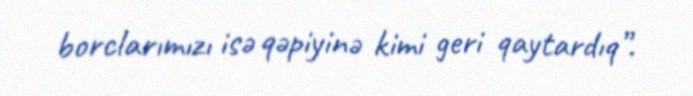
borclarımızı isə qəpiyinə kimi geri qaytardıq”.